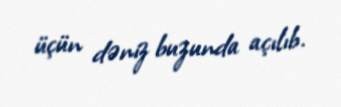
üçün dəniz buzunda açılıb.